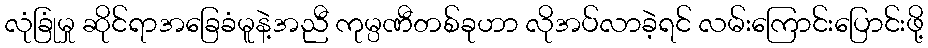
လုံခြုံမှု ဆိုင်ရာအခြေခံမူနဲ့အညီ ကုမ္ပဏီတစ်ခုဟာ လိုအပ်လာခဲ့ရင် လမ်းကြောင်းပြောင်းဖို့